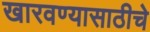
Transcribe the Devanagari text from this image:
खारवण्यासाठीचे